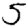
Digit: 5